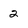
Character: 2